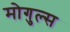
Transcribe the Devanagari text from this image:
मोगुल्स